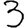
Digit: 3